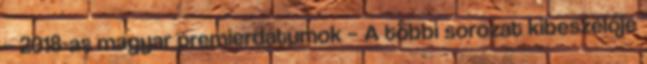
– 2018-as magyar premierdátumok – A többi sorozat kibeszélője